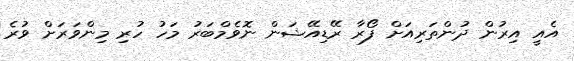
އެއީ އިރުން ދުންތަރިއަށް ފޯރާ ރޭޑިއޭޝަން ނޮވެމްބަރު މަހު ހުރި މިންވަރަށް ވުރެ